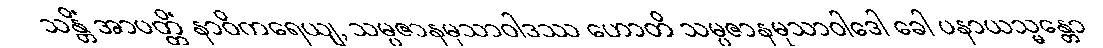
သန္တိံ အာပတ္တိံ နာဝိကရေယျ, သမ္ပဇာနမုသာဝါဒဿ ဟောတိ သမ္ပဇာနမုသာဝါဒေါ ခေါ ပနာယသ္မန္တော